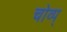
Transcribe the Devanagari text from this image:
चोव्प्